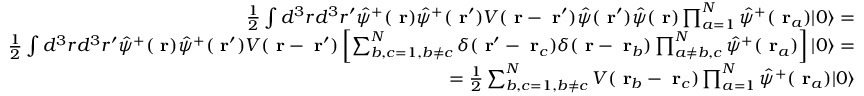
\begin{array} { r l r } & { } & { \frac { 1 } { 2 } \int d ^ { 3 } r d ^ { 3 } r ^ { \prime } \hat { \psi } ^ { + } ( \mathrm { \bf ~ r } ) \hat { \psi } ^ { + } ( \mathrm { \bf ~ r } ^ { \prime } ) V ( \mathrm { \bf ~ r } - \mathrm { \bf ~ r } ^ { \prime } ) \hat { \psi } ( \mathrm { \bf ~ r } ^ { \prime } ) \hat { \psi } ( \mathrm { \bf ~ r } ) \prod _ { a = 1 } ^ { N } \hat { \psi } ^ { + } ( \mathrm { \bf ~ r } _ { a } ) | 0 \rangle = } \\ & { } & { \frac { 1 } { 2 } \int d ^ { 3 } r d ^ { 3 } r ^ { \prime } \hat { \psi } ^ { + } ( \mathrm { \bf ~ r } ) \hat { \psi } ^ { + } ( \mathrm { \bf ~ r } ^ { \prime } ) V ( \mathrm { \bf ~ r } - \mathrm { \bf ~ r } ^ { \prime } ) \left[ \sum _ { b , c = 1 , b \ne c } ^ { N } \delta ( \mathrm { \bf ~ r } ^ { \prime } - \mathrm { \bf ~ r } _ { c } ) \delta ( \mathrm { \bf ~ r } - \mathrm { \bf ~ r } _ { b } ) \prod _ { a \ne b , c } ^ { N } \hat { \psi } ^ { + } ( \mathrm { \bf ~ r } _ { a } ) \right] | 0 \rangle = } \\ & { } & { \; \; \; \; \; \; \; \; \; \; \; \; \; \; \; \; \; \; \; = \frac { 1 } { 2 } \sum _ { b , c = 1 , b \ne c } ^ { N } V ( \mathrm { \bf ~ r } _ { b } - \mathrm { \bf ~ r } _ { c } ) \prod _ { a = 1 } ^ { N } \hat { \psi } ^ { + } ( \mathrm { \bf ~ r } _ { a } ) | 0 \rangle } \end{array}